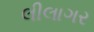
લીલાગર